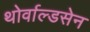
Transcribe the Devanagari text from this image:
थोर्वाल्डसेन